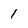
Character: I